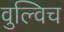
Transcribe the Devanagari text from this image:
वुल्विच